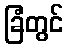
ခြံတွင်